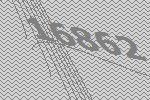
16862